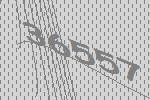
36557